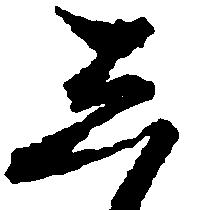
し